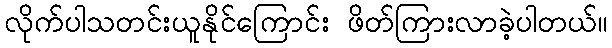
လိုက်ပါသတင်းယူနိုင်ကြောင်း ဖိတ်ကြားလာခဲ့ပါတယ်။